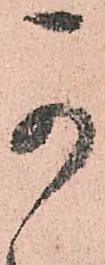
可